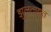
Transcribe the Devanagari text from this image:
झुलतायत